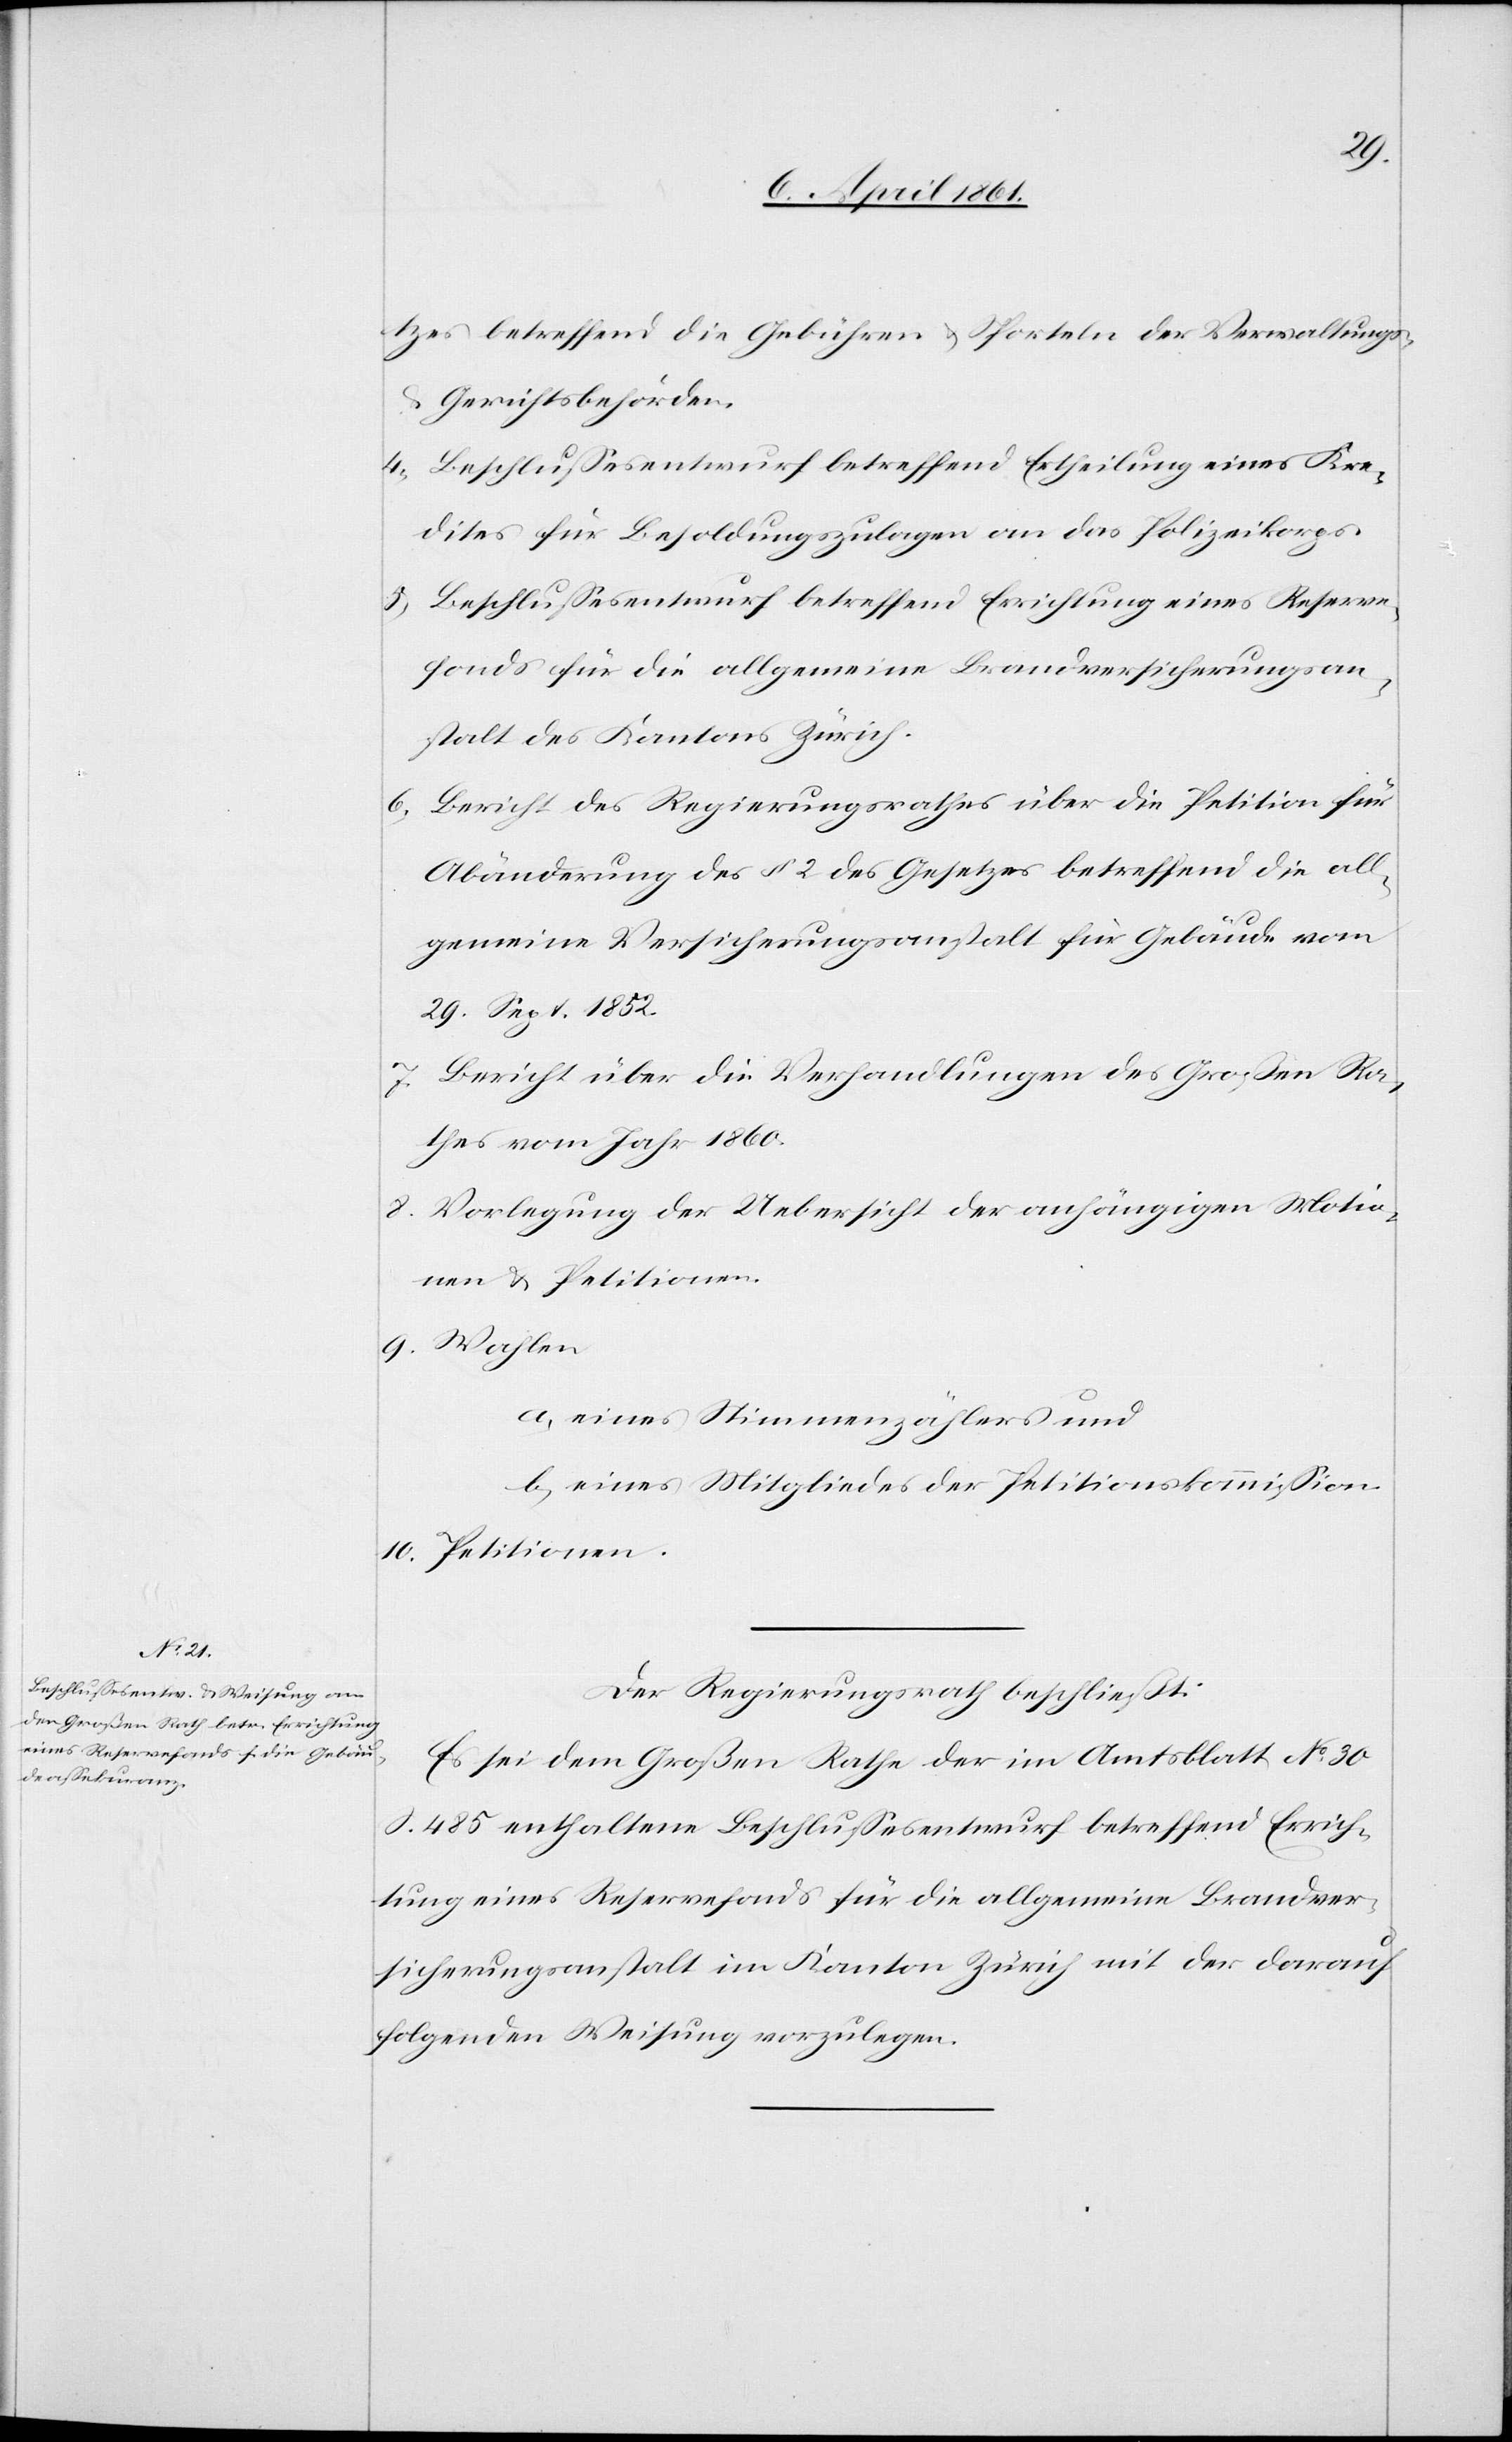
tzes betreffend die Gebühren u. Sporteln der Verwaltungs-
Gerichtsbehörden.
4. Beschlussesentwurf betreffend Ertheilung eines Kre¬
dites für Besoldungszulagen an das Polizeikorps.
5. Beschlussesentwurf betreffend Errichtung eines Reserve¬
fonds für die allgemeine Brandversicherungsan¬
stalt des Kantons Zürich.
6. Bericht des Regierungsrathes über die Petition für
Abänderung des § 2 des Gesetzes betreffend die all¬
gemeine Versicherungsanstalt für Gebäude vom
29. Sept. 1852.
7. Bericht über die Verhandlungen des Großen Ra¬
thes vom Jahr 1860.
8. Vorlegung der Uebersicht der anhängigen Motio¬
nen u. Petitionen.
9. Wahlen
a) eines Stimmenzählers und
b) eines Mitgliedes der Petitionskommission.
10. Petitionen.
Der Regierungsrath beschließt:
Es sei dem Großen Rathe der im Amtsblatt No 30
S. 485 enthaltene Beschlussesentwurf betreffend Errich¬
tung eines Reservefonds für die allgemeine Brandver¬
sicherungsanstalt im Kanton Zürich mit der darauf
folgenden Weisung vorzulegen.